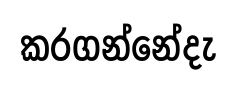
කරගන්නේදැ